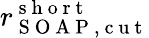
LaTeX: r_{\mathrm{~S~O~A~P~,~c~u~t~}}^{\mathrm{~s~h~o~r~t~}}